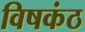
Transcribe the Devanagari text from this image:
विषकंठ